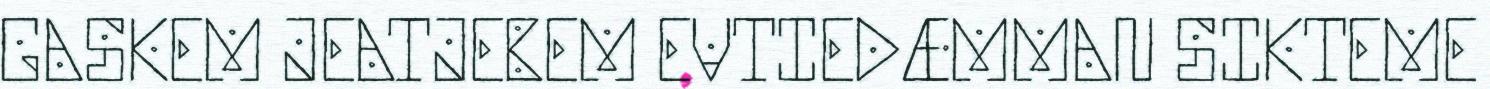
GASKEM JEATJEBEM EVTIEDÆMMAN SIKTEME